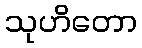
သုဟိတော